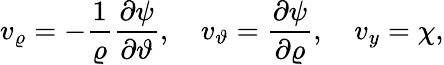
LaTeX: v_{\varrho}=-\frac{1}{\varrho}\frac{\partial\psi}{\partial\vartheta},\quad v_{\vartheta}=\frac{\partial\psi}{\partial\varrho},\quad v_{y}=\chi,